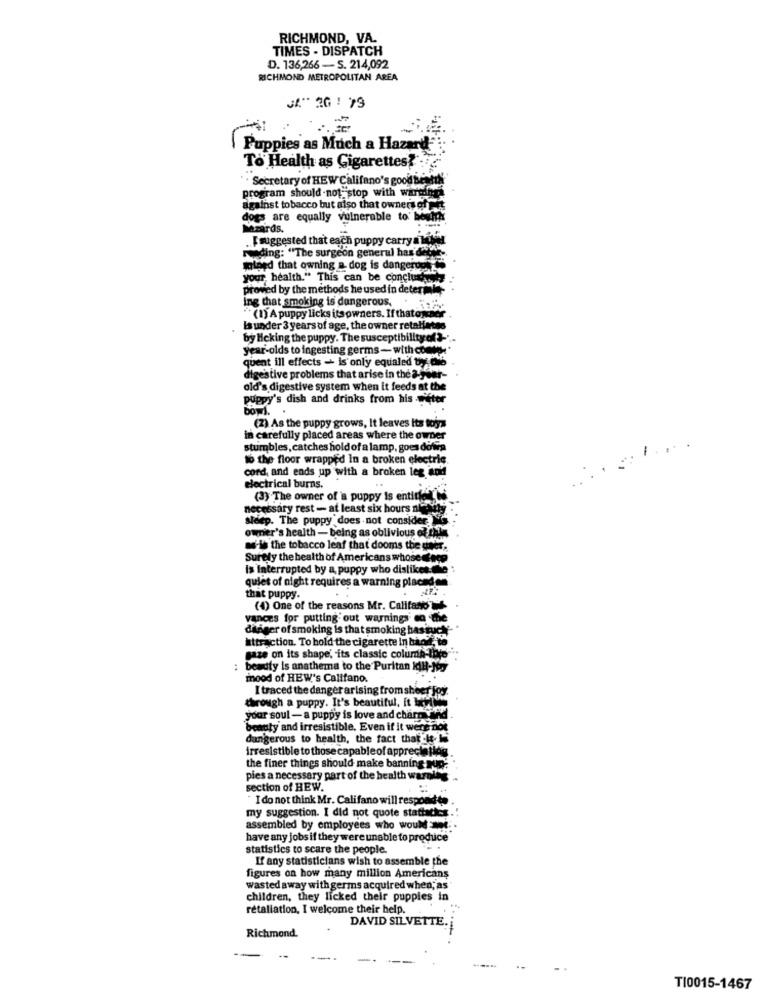
RICHMOND, VA.
TIMES - DISPATCH
D. 136,266 - S. 214,092
RICHMOND METROPOLITAN AREA
Puppies as Much a Hazard"
To Health as Gigarettes?
". Secretary of HEW Califano's good benedik
program should not stop with warener
against tobacco but also that owners of jit
dogs are equally vulnerable to' bowith
Mzards.
. [ suggested that each puppy carry all
Riding: "The surgeon general has'd
wlord that owning a dog is dangerous
your, health." This can be concluso
proved by the methods he used in deterink
ing that smoking is dangerous.
" (1) A puppy licks its owners. If thatown
Is under 3 years of age, the owner retaliates
by Hcking the puppy. The susceptibility of3-" ..
year-olds to ingesting germs- with come:"
quent ill effects - is only equaled ty die
digestive problems that arise in the a-fear-
old's digestive system when it feeds at the
puppy's dish and drinks from his -méter
bowl.
(Z) As the puppy grows, It leaves its toys
in carefully placed areas where the owner
stumbles, catches hold of a lamp, goes down
..........
to the floor wrapped In a broken electric.
cord, and ends up with a broken leg and
electrical burns.
(3) The owner of a puppy is entireit's
necessary rest - at least six hours neNuty:
sleep. The puppy does not consider
owner's health - being as oblivious of tify
we-is the tobacco leaf that dooms the uner,
Surely the health of Americans whose Gece
is Interrupted by a puppy who dislikes. the :
quiet of night requires a warning placade
that puppy.
(4) One of the reasons Mr. Califano's
vances for putting out warnings so the
danger of smoking is that smoking basque- "
attraction. To hold the cigarette In bioet
gaze on its shape, its classic column-lite
beauty is anathema to the Puritan ICH-16
mood of HEW's Califano.
I traced the danger arising from sheer joy.
through a puppy. It's beautiful, it berlin
your soul - a puppy is love and charnyand .
beauty and irresistible. Even if it were not
dangerous to health, the fact that It- ki
irresistible to those capableof appreciation
the finer things should make banning MID.
pies a necessary part of the health warale
section of HEW.
"I do not think Mr. Califano will respondto
my suggestion. I did not quote stattaches.
assembled by employees who would .
have any jobs if they were unable to produce
statistics to scare the people.
If any statisticians wish to assemble the
figures on how many million Americans
wasted away with germs acquired when; as
children, they licked their puppies in
retaliation. I welcome their help.
DAVID SILVETTE
Richmond.
T10015-1467